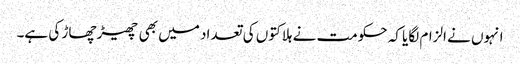
انہوں نے الزام لگایا کہ حکومت نے ہلاکتوں کی تعداد میں بھی چھیڑ چھاڑ کی ہے۔